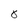
Character: 8